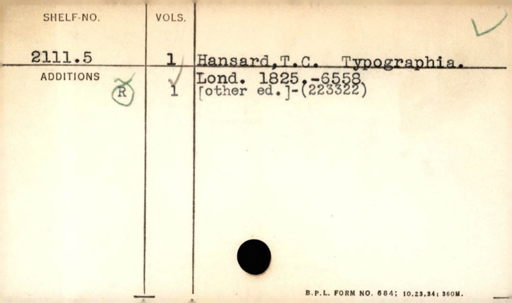
Label: content